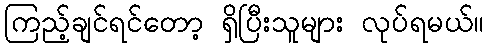
ကြည့်ချင်ရင်တော့ ရှိပြီးသူများ လုပ်ရမယ်။